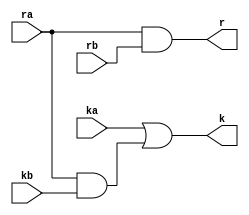
module Kint(k, r, ka, ra, kb, rb);
output k, r;
input ka, ra, kb, rb;
wire w;

and a1(w, ra, kb);
or o1(k, ka, w);
and a2(r, ra, rb);
endmodule